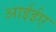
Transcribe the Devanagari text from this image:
आईईए